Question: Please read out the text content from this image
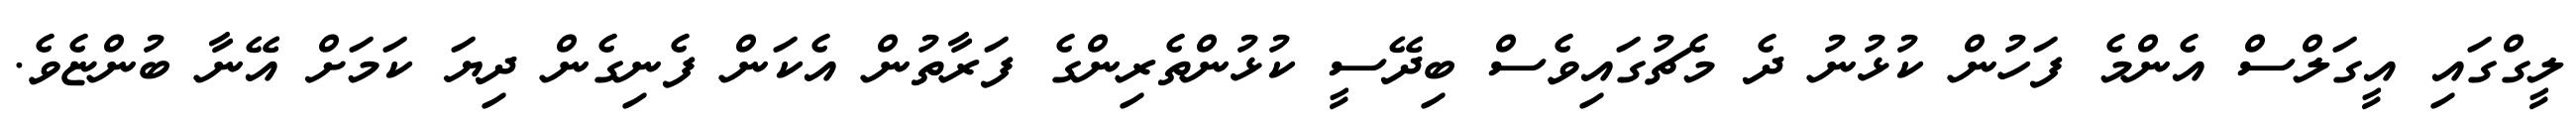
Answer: ލީގްގައި އީގަލްސް އެންމެ ފަހުން ކުޅުނު ދެ މެޗުގައިވެސް ބިދޭސީ ކުޅުންތެރިންގެ ފަރާތުން އެކަން ފެނިގެން ދިޔަ ކަމަށް އޭނާ ބުންޏެވެ.